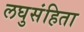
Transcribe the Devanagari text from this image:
लघुसंहिता